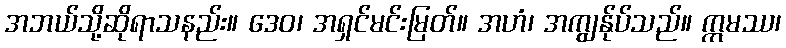
အဘယ်သို့ဆိုရာသနည်း။ ဒေဝ၊ အရှင်မင်းမြတ်။ အဟံ၊ အကျွန်ုပ်သည်။ ဣမဿ၊